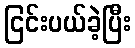
ငြင်းပယ်ခဲ့ပြီး